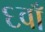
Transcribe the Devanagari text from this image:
६वाँ